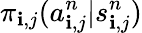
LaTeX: \pi_{\mathbf{i},j}(a_{\mathbf{i},j}^{n}|s_{\mathbf{i},j}^{n})